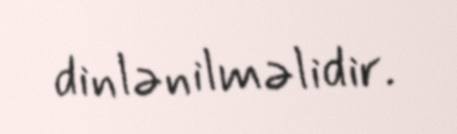
dinlənilməlidir.